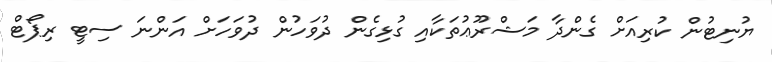
ޔުނިޓުން ކުރިއަށް ގެންދާ މަޝްރޫޢުތަކާއި ގުޅިގެން ދުވަހުން ދުވަހަށް އަންނަ ސިޓީ ރިޕޯޓް